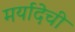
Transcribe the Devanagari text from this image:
मर्यादेची